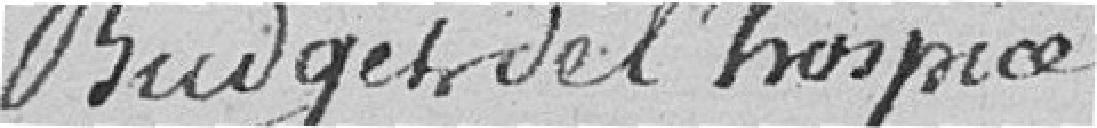
Budget de l'hospice